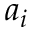
a _ { i }